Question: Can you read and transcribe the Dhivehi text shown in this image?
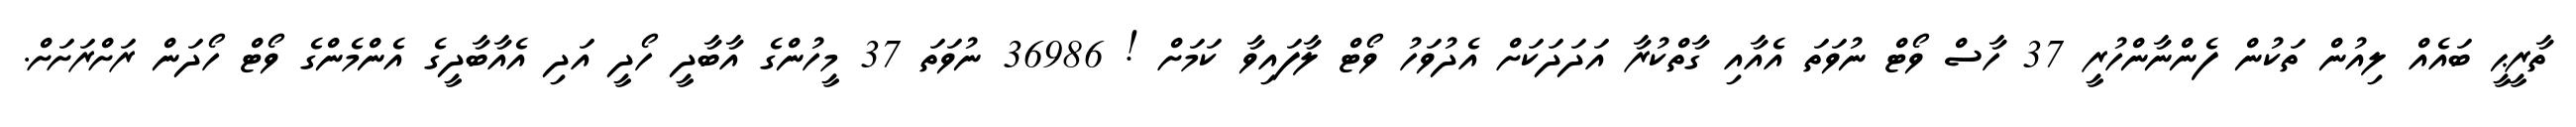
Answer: ތާރީޙީ ބައެއް ލިއުން ތަކުން ފެންނާންހުރީ 37 ހާސް ވޯޓް ނުވަތަ އެއާއި ގާތްކުރާ އަދަދަކަށް އެދުވަހު ވޯޓް ލާފައިވާ ކަމަށް ! 36986 ނުވަތަ 37 މީހުންގެ އާބާދީ ހޯދީ އަދި އެއާބާދީގެ އެންމެންގެ ވޯޓް ހޯދަން ރަށްރަށަށް.